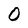
Character: 0